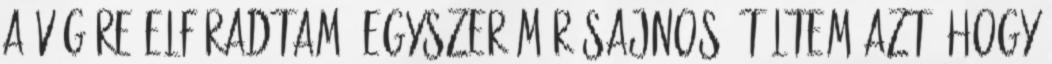
a végére elfáradtam. Egyszer már sajnos átéltem azt, hogy